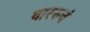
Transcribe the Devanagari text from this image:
वाररुचं